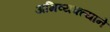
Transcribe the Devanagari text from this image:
अभिव्यक्त्याने